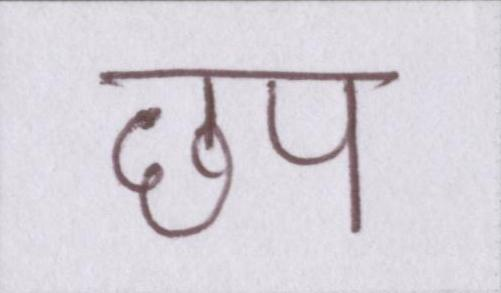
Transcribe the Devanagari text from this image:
छप